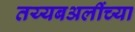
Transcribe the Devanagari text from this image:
तय्यबअलींच्या